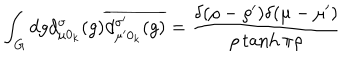
\int _ { G } d g d _ { \mu 0 _ { k } } ^ { \sigma } ( g ) \overline { { { d _ { \mu ^ { \prime } 0 _ { k } } ^ { \sigma ^ { \prime } } ( g ) } } } = \frac { \delta ( \rho - \rho ^ { \prime } ) \delta ( \mu - \mu ^ { \prime } ) } { \rho \tanh \pi \rho }